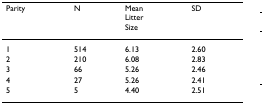
| Parity | N | MeanLitterSize | SD |
 | --- | --- | --- | --- |
 | 1 | 514 | 6.13 | 2.60 |
 | 2 | 210 | 6.08 | 2.83 |
 | 3 | 66 | 5.26 | 2.46 |
 | 4 | 27 | 5.26 | 2.41 |
 | 5 | 5 | 4.40 | 2.51 |